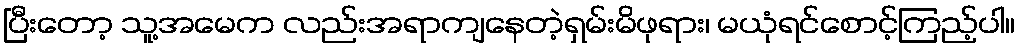
ပြီးတော့ သူ့အမေက လည်းအရာကျနေတဲ့ရှမ်းမိဖုရား၊ မယုံရင်စောင့်ကြည့်ပါ။